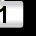
Digit: 1